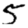
Digit: 5